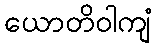
ယောတိဝါကျံ